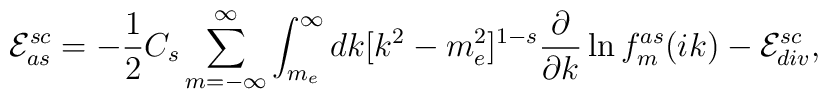
{\cal E} _{as}^{sc}= -\frac 12 C_s\sum_{m=-\infty}^\infty \int^\infty_{m_e} dk [k^2 -m_e^2]^{1 -s} \frac{\partial}{\partial k}  \ln f^{as}_m(ik)-{\cal E}_{div}^{sc} ,